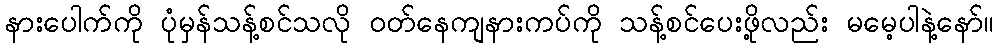
နားပေါက်ကို ပုံမှန်သန့်စင်သလို ဝတ်နေကျနားကပ်ကို သန့်စင်ပေးဖို့လည်း မမေ့ပါနဲ့နော်။